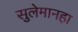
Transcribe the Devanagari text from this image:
सुलेमानहा